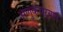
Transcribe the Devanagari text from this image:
अणुकचऱ्याचे